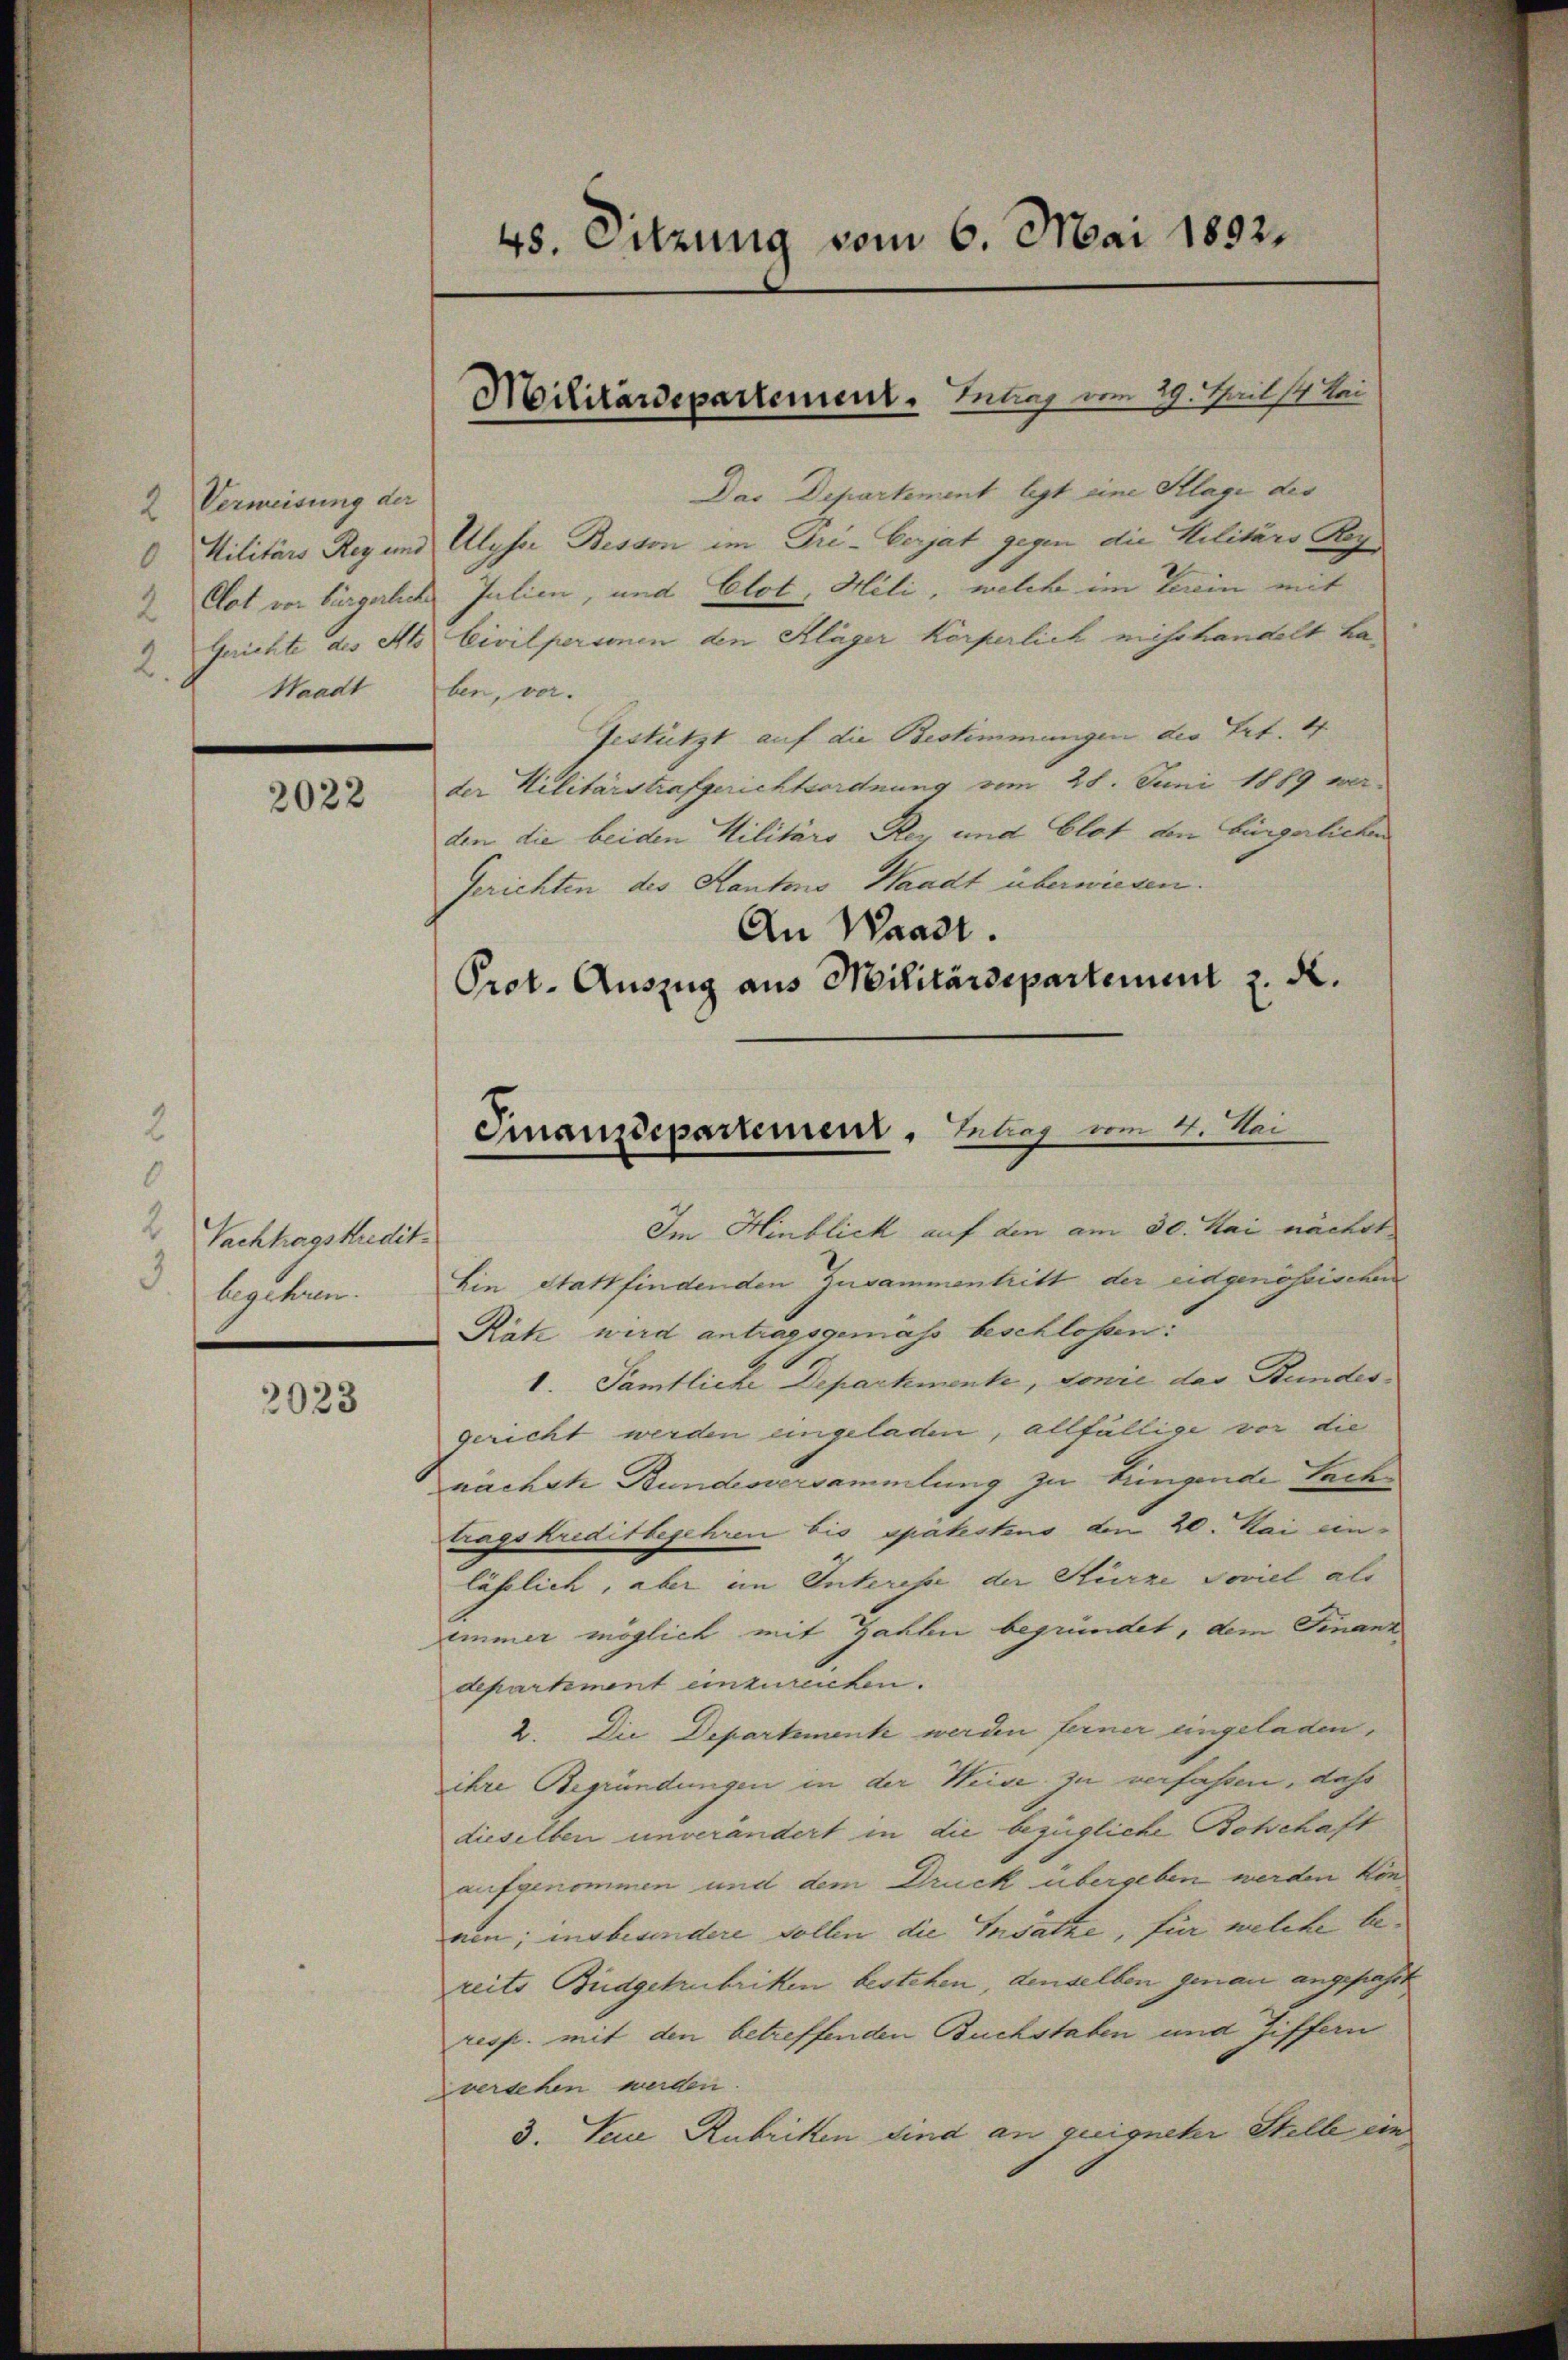
2 Vermeisung der
2.

2022

6
2 Sachlagskredit.
3.
begehren.

2023

45. Sitzung vom 6. Mai 1892.

Militärdepartement. Intrag vom 29. Theils bei

Das Departement legt eine Klage des
 Militärs Rey und Ulyser Bessen im Pri-Cerjat gegen die Militärs Reg
Clot von bürgerlich Julien, und Clot, Hili, welche im Verein mit
Gerichte des Als Civilpersonen den Kläger Körperlich misshandelt ha¬
Waadt ben, vor.
Gestützt auf die Bestimmungen der Art. 4
der Militärstrafgerichtsordnung vom 28. Juni 1889 werden die beiden Militärs Rey und Clot den bürgerlichen
Gerichten des Kantons Waadt überwiesen.
An Waadt.
Prot. Auszug aus Militärdepartement z. d.

Finanzdepartement, Erlag um 4. Mai

Im Hinblick auf den am 30. Mai nächst
Lin statt findenden Zusammentritt der eidgenössischen
Rák wird antragsgemäss beschlossen.
1. Pamtliche Departemente, vonie das Bundes
gericht werden eingeladen, allfällige vor die
nächste Bundesversammlung zu bringende Sache
tragskreditbegehren bis spätestens den 20. Mai einlässlich, aber im Interesse der Stürze Soviel als
immer möglich mit Zahlen begründet, dem Finanz
departement einzureichen.
2. Die Departement werden ferner eingeladen,
ihre Begründungen in der Weise zu verfassen, daß
dieselben unverändert in die bezügliche Botschaft
aufgenommen und dem Druck übergeben werden konum; insbesondere sollen die Ersatze, für welche bereits Budgetrubriken bestehen, denselben genau angepasst
resp. mit den betreffenden Buchstaben und Ziffern
zversehen werden.
3. Sei Rubriken sind an zueigneter Stelle ein